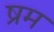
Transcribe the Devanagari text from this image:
ष्रम